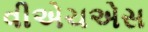
વીએચએસ